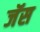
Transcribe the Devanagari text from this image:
जॅस